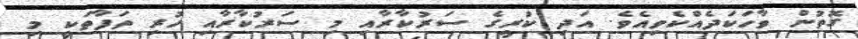
ގޮތުން ވާހަކަދެއްކެވިއެވެ. އަދި ކުރީގެ ސަރުކާރާއި މި ސަރުކާރާއި ހުރި ތަފާތަކީ މި